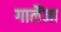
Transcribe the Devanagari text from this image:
गालैंजा